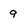
Character: 9